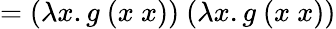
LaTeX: =(\lambda x.g\ (x\ x))\ (\lambda x.g\ (x\ x))